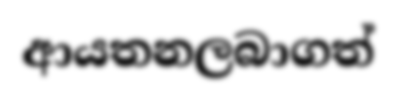
ආයතනලබාගත්